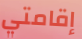
إقامتي